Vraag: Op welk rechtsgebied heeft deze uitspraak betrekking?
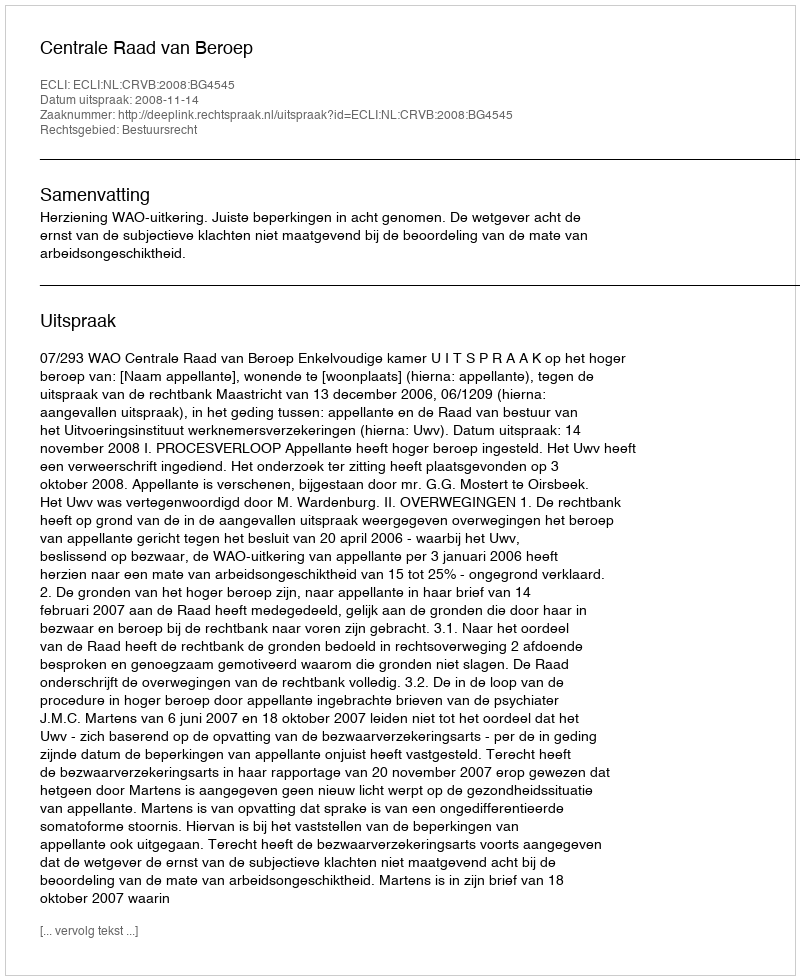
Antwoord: Bestuursrecht